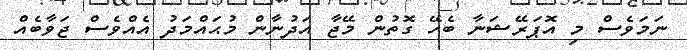
ނަމަވެސް މި އޮޕަރޭޝަނާ ބެހޭ ގޮތުން މޭޖާ އަދުނާން މުޙައްމަދު އެއްވެސް ޖަވާބެއް